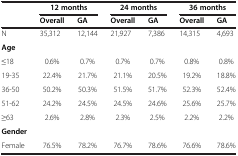
|  | <COLSPAN=2> 12 months | <COLSPAN=2> 24 months | <COLSPAN=2> 36 months |
 |  | Overall | GA | Overall | GA | Overall | GA |
 | --- | --- | --- | --- | --- | --- | --- |
 | N | 35,312 | 12,144 | 21,927 | 7,386 | 14,315 | 4,693 |
 | Age |  |  |  |  |  |  |
 | ≤18 | 0.6% | 0.7% | 0.7% | 0.7% | 0.8% | 0.8% |
 | 19-35 | 22.4% | 21.7% | 21.1% | 20.5% | 19.2% | 18.8% |
 | 36-50 | 50.2% | 50.3% | 51.5% | 51.7% | 52.3% | 52.4% |
 | 51-62 | 24.2% | 24.5% | 24.5% | 24.6% | 25.6% | 25.7% |
 | ≥63 | 2.6% | 2.8% | 2.3% | 2.5% | 2.2% | 2.2% |
 | Gender |  |  |  |  |  |  |
 | Female | 76.5% | 78.2% | 76.7% | 78.6% | 76.6% | 78.6% |